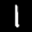
Label: 1